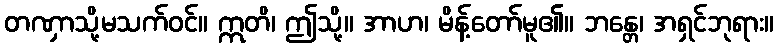
တဏှာသို့မသက်ဝင်။ ဣတိ၊ ဤသို့။ အာဟ၊ မိန့်တော်မူ၏။ ဘန္တေ၊ အရှင်ဘုရား။